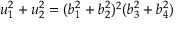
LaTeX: u _ { 1 } ^ { 2 } + u _ { 2 } ^ { 2 } = ( b _ { 1 } ^ { 2 } + b _ { 2 } ^ { 2 } ) ^ { 2 } ( b _ { 3 } ^ { 2 } + b _ { 4 } ^ { 2 } )